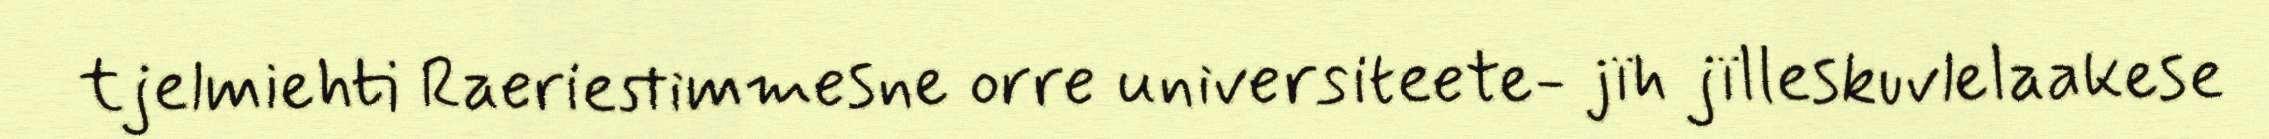
tjelmiehti Raeriestimmesne orre universiteete- jïh jïlleskuvlelaakese